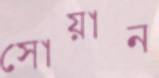
সোয়ান